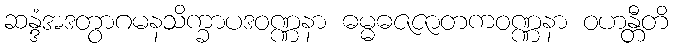
ဆန္ဒံအဒတွာဂမနသိက္ခာပဒဝဏ္ဏနာ ဓမ္မဓဇဇာတကဝဏ္ဏနာ ဝဟန္တီတိ